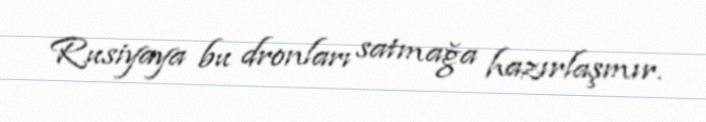
Rusiyaya bu dronları satmağa hazırlaşmır.